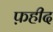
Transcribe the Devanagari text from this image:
फ़हीद